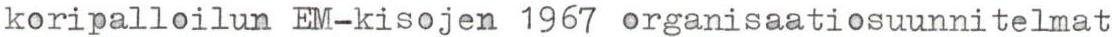
koripalloilun EM-kisojen 1967 organisaatiosuunnitelmat